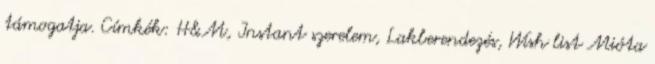
támogatja. Címkék: H&M, Instant szerelem, Lakberendezés, Wish list Mióta